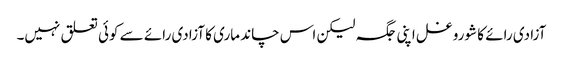
آزادی رائے کا شورو غل اپنی جگہ لیکن اس چاند ماری کا آزادی رائے سے کوئی تعلق نہیں۔